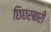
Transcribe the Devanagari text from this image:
छिछरबारी